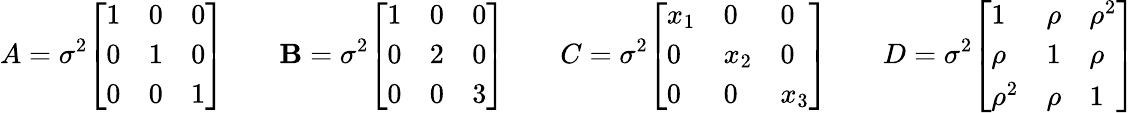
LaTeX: A=\sigma^{2}{\left[\begin{array}{lll}{1}&{0}&{0}\\ {0}&{1}&{0}\\ {0}&{0}&{1}\end{array}\right]}\; \; \; \; \; \; \; \mathbf{B}=\sigma^{2}{\left[\begin{array}{lll}{1}&{0}&{0}\\ {0}&{2}&{0}\\ {0}&{0}&{3}\end{array}\right]}\; \; \; \; \; \; \; C=\sigma^{2}{\left[\begin{array}{lll}{x_{1}}&{0}&{0}\\ {0}&{x_{2}}&{0}\\ {0}&{0}&{x_{3}}\end{array}\right]}\; \; \; \; \; \; \; D=\sigma^{2}{\left[\begin{array}{lll}{1}&{\rho}&{\rho^{2}}\\ {\rho}&{1}&{\rho}\\ {\rho^{2}}&{\rho}&{1}\end{array}\right]}